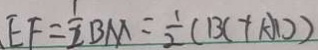
E F = \frac { 1 } { 2 } B M = \frac { 1 } { 2 } ( B C + A D )